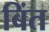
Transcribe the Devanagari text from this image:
बिंत